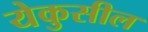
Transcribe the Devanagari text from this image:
येकुसील